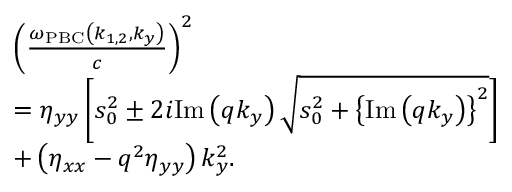
\begin{array} { r l } & { \left( \frac { \omega _ { \mathrm { P B C } } \left( k _ { 1 , 2 } , k _ { y } \right) } { c } \right) ^ { 2 } } \\ & { = \eta _ { y y } \left[ s _ { 0 } ^ { 2 } \pm 2 i \mathrm { I m } \left( q k _ { y } \right) \sqrt { s _ { 0 } ^ { 2 } + \left\{ \mathrm { I m } \left( q k _ { y } \right) \right\} ^ { 2 } } \right] } \\ & { + \left( \eta _ { x x } - q ^ { 2 } \eta _ { y y } \right) k _ { y } ^ { 2 } . } \end{array}